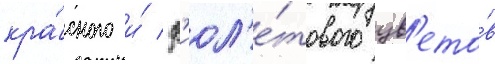
кра́сного и́ ф'иол'е́тового цв'ето́в